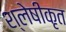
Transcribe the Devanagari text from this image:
श्लेषीकृत